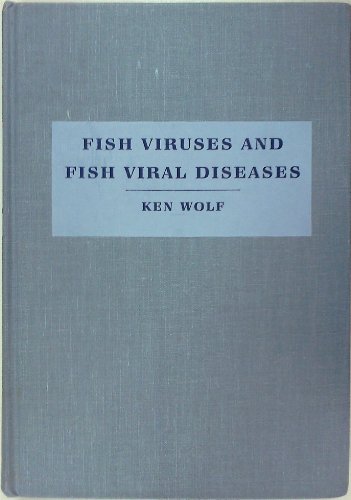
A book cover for Fish Viruses and Fish Viral Diseases (Comstock Book); Ken Wolf; Medical Books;